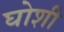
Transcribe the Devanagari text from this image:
घोशी